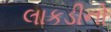
લાકડીનો